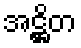
အဋ္ဌိတ